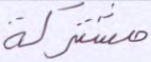
مشتركة